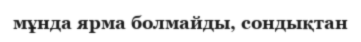
мұнда ярма болмайды, сондықтан